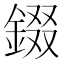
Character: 錣